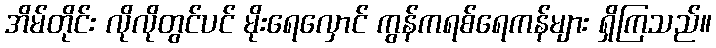
အိမ်တိုင်း လိုလိုတွင်ပင် မိုးရေလှောင် ကွန်ကရစ်ရေကန်များ ရှိကြသည်။